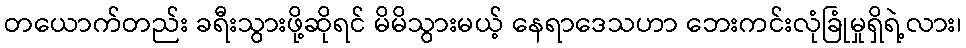
တယောက်တည်း ခရီးသွားဖို့ဆိုရင် မိမိသွားမယ့် နေရာဒေသဟာ ဘေးကင်းလုံခြုံမှုရှိရဲ့လား၊